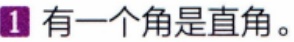
1 有一个角是直角。